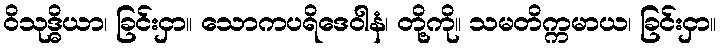
ဝိသုဒ္ဓိယာ၊ ခြင်းငှာ။ သောကပရိဒေဝါနံ၊ တို့ကို။ သမတိက္ကမာယ၊ ခြင်းငှာ။